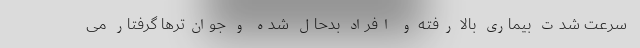
سرعت شدت بیماری بالا رفته و افراد بدحال شده و جوان‌ترها گرفتار می